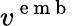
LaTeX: v^{\mathrm{~e~m~b~}}